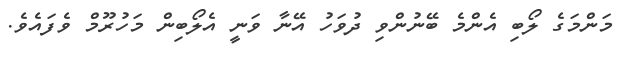
މަންމަގެ ލޯބި އެންމެ ބޭނުންވި ދުވަހު އޭނާ ވަނީ އެލޯބިން މަހުރޫމް ވެފައެވެ.